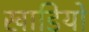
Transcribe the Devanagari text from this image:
खाडियो